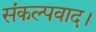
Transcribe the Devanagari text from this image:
संकल्पवाद।